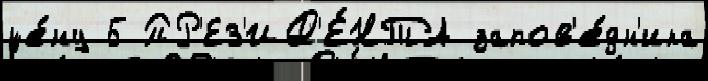
це́ну 5 ПР'ЕЗ'ИД'Е́НТА запов'е́дн'ика